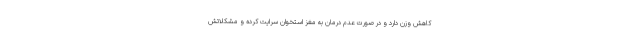
کاهش وزن دارد و در صورت عدم درمان به مغز استخوان سرایت کرده و مشکلاتش